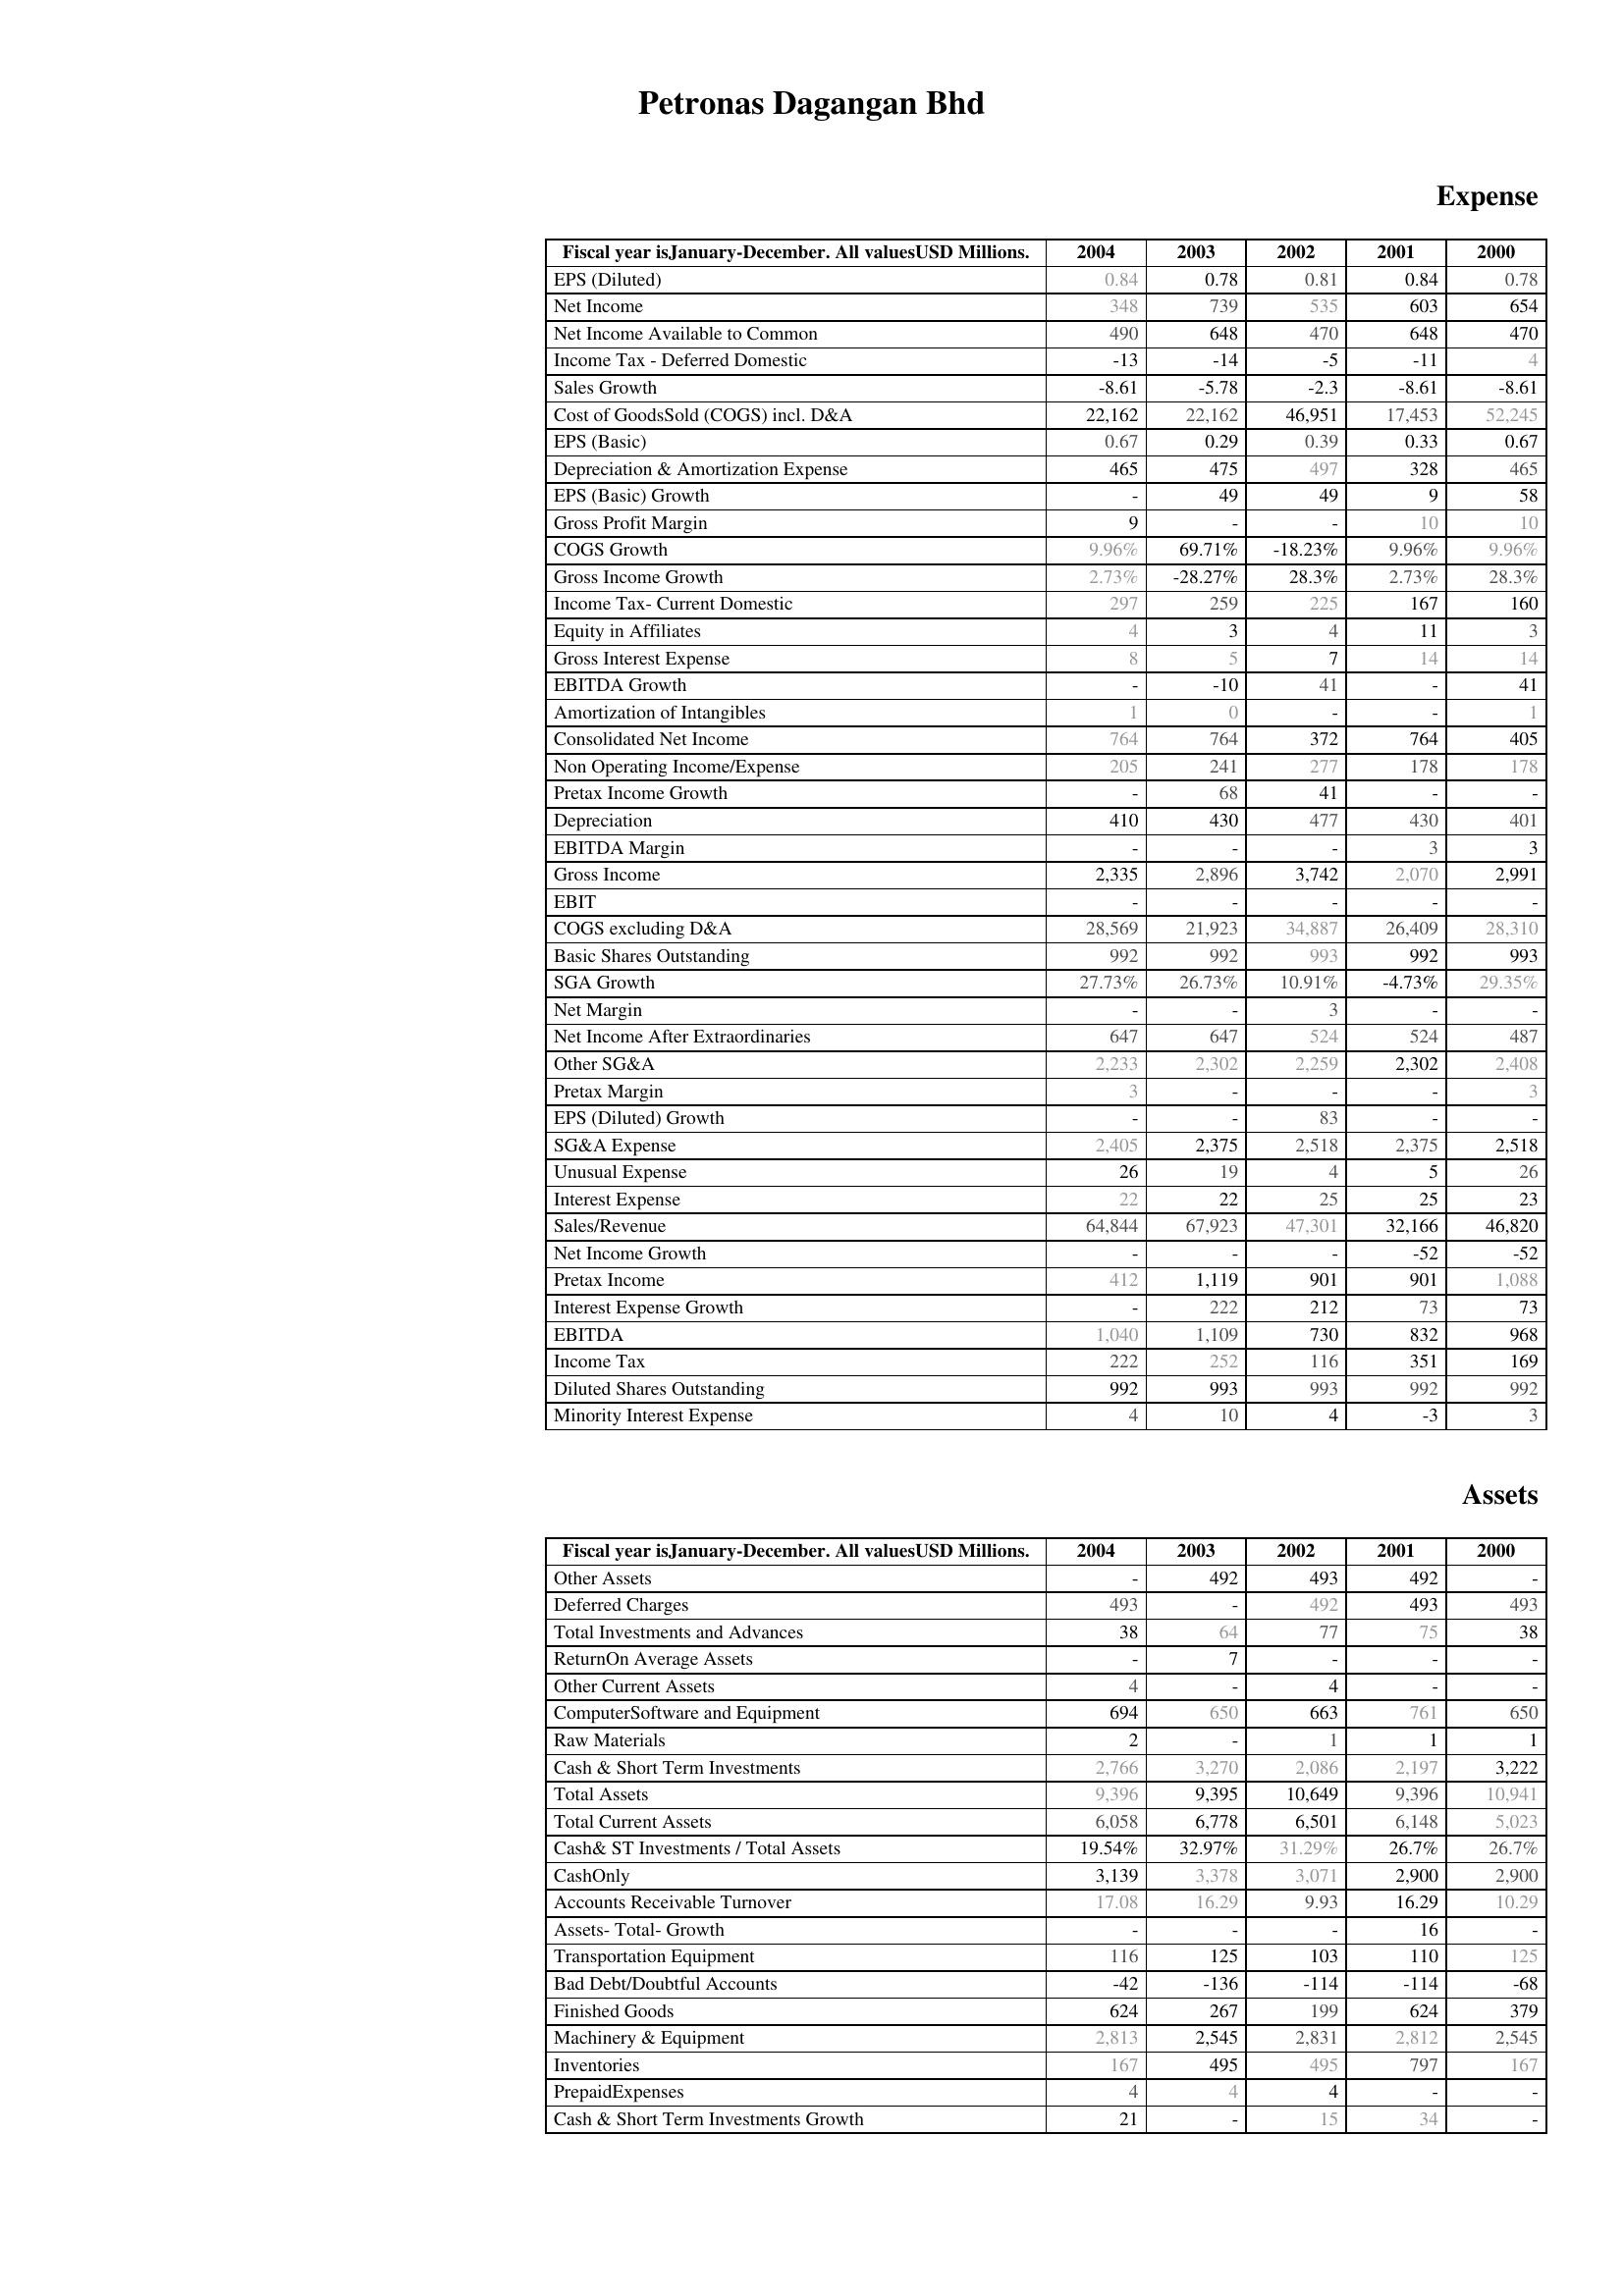
2004: Expense: EPS (Diluted): 0.84
Net Income: 348
Net Income Available to Common: 490
Income Tax - Deferred Domestic: -13
Sales Growth: -8.61
Cost of GoodsSold (COGS) incl. D&A: 22,162
EPS (Basic): 0.67
Depreciation & Amortization Expense: 465
EPS (Basic) Growth: -
Gross Profit Margin: 9
COGS Growth: 9.96%
Gross Income Growth: 2.73%
Income Tax- Current Domestic: 297
Equity in Affiliates: 4
Gross Interest Expense: 8
EBITDA Growth: -
Amortization of Intangibles: 1
Consolidated Net Income: 764
Non Operating Income/Expense: 205
Pretax Income Growth: -
Depreciation: 410
EBITDA Margin: -
Gross Income: 2,335
EBIT: -
COGS excluding D&A: 28,569
Basic Shares Outstanding: 992
SGA Growth: 27.73%
Net Margin: -
Net Income After Extraordinaries: 647
Other SG&A: 2,233
Pretax Margin: 3
EPS (Diluted) Growth: -
SG&A Expense: 2,405
Unusual Expense: 26
Interest Expense: 22
Sales/Revenue: 64,844
Net Income Growth: -
Pretax Income: 412
Interest Expense Growth: -
EBITDA: 1,040
Income Tax: 222
Diluted Shares Outstanding: 992
Minority Interest Expense: 4
Assets: Other Assets: -
Deferred Charges: 493
Total Investments and Advances: 38
ReturnOn Average Assets: -
Other Current Assets: 4
ComputerSoftware and Equipment: 694
Raw Materials: 2
Cash & Short Term Investments: 2,766
Total Assets: 9,396
Total Current Assets: 6,058
Cash& ST Investments / Total Assets: 19.54%
CashOnly: 3,139
Accounts Receivable Turnover: 17.08
Assets- Total- Growth: -
Transportation Equipment: 116
Bad Debt/Doubtful Accounts: -42
Finished Goods: 624
Machinery & Equipment: 2,813
Inventories: 167
PrepaidExpenses: 4
Cash & Short Term Investments Growth: 21
2003: Expense: EPS (Diluted): 0.78
Net Income: 739
Net Income Available to Common: 648
Income Tax - Deferred Domestic: -14
Sales Growth: -5.78
Cost of GoodsSold (COGS) incl. D&A: 22,162
EPS (Basic): 0.29
Depreciation & Amortization Expense: 475
EPS (Basic) Growth: 49
Gross Profit Margin: -
COGS Growth: 69.71%
Gross Income Growth: -28.27%
Income Tax- Current Domestic: 259
Equity in Affiliates: 3
Gross Interest Expense: 5
EBITDA Growth: -10
Amortization of Intangibles: 0
Consolidated Net Income: 764
Non Operating Income/Expense: 241
Pretax Income Growth: 68
Depreciation: 430
EBITDA Margin: -
Gross Income: 2,896
EBIT: -
COGS excluding D&A: 21,923
Basic Shares Outstanding: 992
SGA Growth: 26.73%
Net Margin: -
Net Income After Extraordinaries: 647
Other SG&A: 2,302
Pretax Margin: -
EPS (Diluted) Growth: -
SG&A Expense: 2,375
Unusual Expense: 19
Interest Expense: 22
Sales/Revenue: 67,923
Net Income Growth: -
Pretax Income: 1,119
Interest Expense Growth: 222
EBITDA: 1,109
Income Tax: 252
Diluted Shares Outstanding: 993
Minority Interest Expense: 10
Assets: Other Assets: 492
Deferred Charges: -
Total Investments and Advances: 64
ReturnOn Average Assets: 7
Other Current Assets: -
ComputerSoftware and Equipment: 650
Raw Materials: -
Cash & Short Term Investments: 3,270
Total Assets: 9,395
Total Current Assets: 6,778
Cash& ST Investments / Total Assets: 32.97%
CashOnly: 3,378
Accounts Receivable Turnover: 16.29
Assets- Total- Growth: -
Transportation Equipment: 125
Bad Debt/Doubtful Accounts: -136
Finished Goods: 267
Machinery & Equipment: 2,545
Inventories: 495
PrepaidExpenses: 4
Cash & Short Term Investments Growth: -
2002: Expense: EPS (Diluted): 0.81
Net Income: 535
Net Income Available to Common: 470
Income Tax - Deferred Domestic: -5
Sales Growth: -2.3
Cost of GoodsSold (COGS) incl. D&A: 46,951
EPS (Basic): 0.39
Depreciation & Amortization Expense: 497
EPS (Basic) Growth: 49
Gross Profit Margin: -
COGS Growth: -18.23%
Gross Income Growth: 28.3%
Income Tax- Current Domestic: 225
Equity in Affiliates: 4
Gross Interest Expense: 7
EBITDA Growth: 41
Amortization of Intangibles: -
Consolidated Net Income: 372
Non Operating Income/Expense: 277
Pretax Income Growth: 41
Depreciation: 477
EBITDA Margin: -
Gross Income: 3,742
EBIT: -
COGS excluding D&A: 34,887
Basic Shares Outstanding: 993
SGA Growth: 10.91%
Net Margin: 3
Net Income After Extraordinaries: 524
Other SG&A: 2,259
Pretax Margin: -
EPS (Diluted) Growth: 83
SG&A Expense: 2,518
Unusual Expense: 4
Interest Expense: 25
Sales/Revenue: 47,301
Net Income Growth: -
Pretax Income: 901
Interest Expense Growth: 212
EBITDA: 730
Income Tax: 116
Diluted Shares Outstanding: 993
Minority Interest Expense: 4
Assets: Other Assets: 493
Deferred Charges: 492
Total Investments and Advances: 77
ReturnOn Average Assets: -
Other Current Assets: 4
ComputerSoftware and Equipment: 663
Raw Materials: 1
Cash & Short Term Investments: 2,086
Total Assets: 10,649
Total Current Assets: 6,501
Cash& ST Investments / Total Assets: 31.29%
CashOnly: 3,071
Accounts Receivable Turnover: 9.93
Assets- Total- Growth: -
Transportation Equipment: 103
Bad Debt/Doubtful Accounts: -114
Finished Goods: 199
Machinery & Equipment: 2,831
Inventories: 495
PrepaidExpenses: 4
Cash & Short Term Investments Growth: 15
2001: Expense: EPS (Diluted): 0.84
Net Income: 603
Net Income Available to Common: 648
Income Tax - Deferred Domestic: -11
Sales Growth: -8.61
Cost of GoodsSold (COGS) incl. D&A: 17,453
EPS (Basic): 0.33
Depreciation & Amortization Expense: 328
EPS (Basic) Growth: 9
Gross Profit Margin: 10
COGS Growth: 9.96%
Gross Income Growth: 2.73%
Income Tax- Current Domestic: 167
Equity in Affiliates: 11
Gross Interest Expense: 14
EBITDA Growth: -
Amortization of Intangibles: -
Consolidated Net Income: 764
Non Operating Income/Expense: 178
Pretax Income Growth: -
Depreciation: 430
EBITDA Margin: 3
Gross Income: 2,070
EBIT: -
COGS excluding D&A: 26,409
Basic Shares Outstanding: 992
SGA Growth: -4.73%
Net Margin: -
Net Income After Extraordinaries: 524
Other SG&A: 2,302
Pretax Margin: -
EPS (Diluted) Growth: -
SG&A Expense: 2,375
Unusual Expense: 5
Interest Expense: 25
Sales/Revenue: 32,166
Net Income Growth: -52
Pretax Income: 901
Interest Expense Growth: 73
EBITDA: 832
Income Tax: 351
Diluted Shares Outstanding: 992
Minority Interest Expense: -3
Assets: Other Assets: 492
Deferred Charges: 493
Total Investments and Advances: 75
ReturnOn Average Assets: -
Other Current Assets: -
ComputerSoftware and Equipment: 761
Raw Materials: 1
Cash & Short Term Investments: 2,197
Total Assets: 9,396
Total Current Assets: 6,148
Cash& ST Investments / Total Assets: 26.7%
CashOnly: 2,900
Accounts Receivable Turnover: 16.29
Assets- Total- Growth: 16
Transportation Equipment: 110
Bad Debt/Doubtful Accounts: -114
Finished Goods: 624
Machinery & Equipment: 2,812
Inventories: 797
PrepaidExpenses: -
Cash & Short Term Investments Growth: 34
2000: Expense: EPS (Diluted): 0.78
Net Income: 654
Net Income Available to Common: 470
Income Tax - Deferred Domestic: 4
Sales Growth: -8.61
Cost of GoodsSold (COGS) incl. D&A: 52,245
EPS (Basic): 0.67
Depreciation & Amortization Expense: 465
EPS (Basic) Growth: 58
Gross Profit Margin: 10
COGS Growth: 9.96%
Gross Income Growth: 28.3%
Income Tax- Current Domestic: 160
Equity in Affiliates: 3
Gross Interest Expense: 14
EBITDA Growth: 41
Amortization of Intangibles: 1
Consolidated Net Income: 405
Non Operating Income/Expense: 178
Pretax Income Growth: -
Depreciation: 401
EBITDA Margin: 3
Gross Income: 2,991
EBIT: -
COGS excluding D&A: 28,310
Basic Shares Outstanding: 993
SGA Growth: 29.35%
Net Margin: -
Net Income After Extraordinaries: 487
Other SG&A: 2,408
Pretax Margin: 3
EPS (Diluted) Growth: -
SG&A Expense: 2,518
Unusual Expense: 26
Interest Expense: 23
Sales/Revenue: 46,820
Net Income Growth: -52
Pretax Income: 1,088
Interest Expense Growth: 73
EBITDA: 968
Income Tax: 169
Diluted Shares Outstanding: 992
Minority Interest Expense: 3
Assets: Other Assets: -
Deferred Charges: 493
Total Investments and Advances: 38
ReturnOn Average Assets: -
Other Current Assets: -
ComputerSoftware and Equipment: 650
Raw Materials: 1
Cash & Short Term Investments: 3,222
Total Assets: 10,941
Total Current Assets: 5,023
Cash& ST Investments / Total Assets: 26.7%
CashOnly: 2,900
Accounts Receivable Turnover: 10.29
Assets- Total- Growth: -
Transportation Equipment: 125
Bad Debt/Doubtful Accounts: -68
Finished Goods: 379
Machinery & Equipment: 2,545
Inventories: 167
PrepaidExpenses: -
Cash & Short Term Investments Growth: -